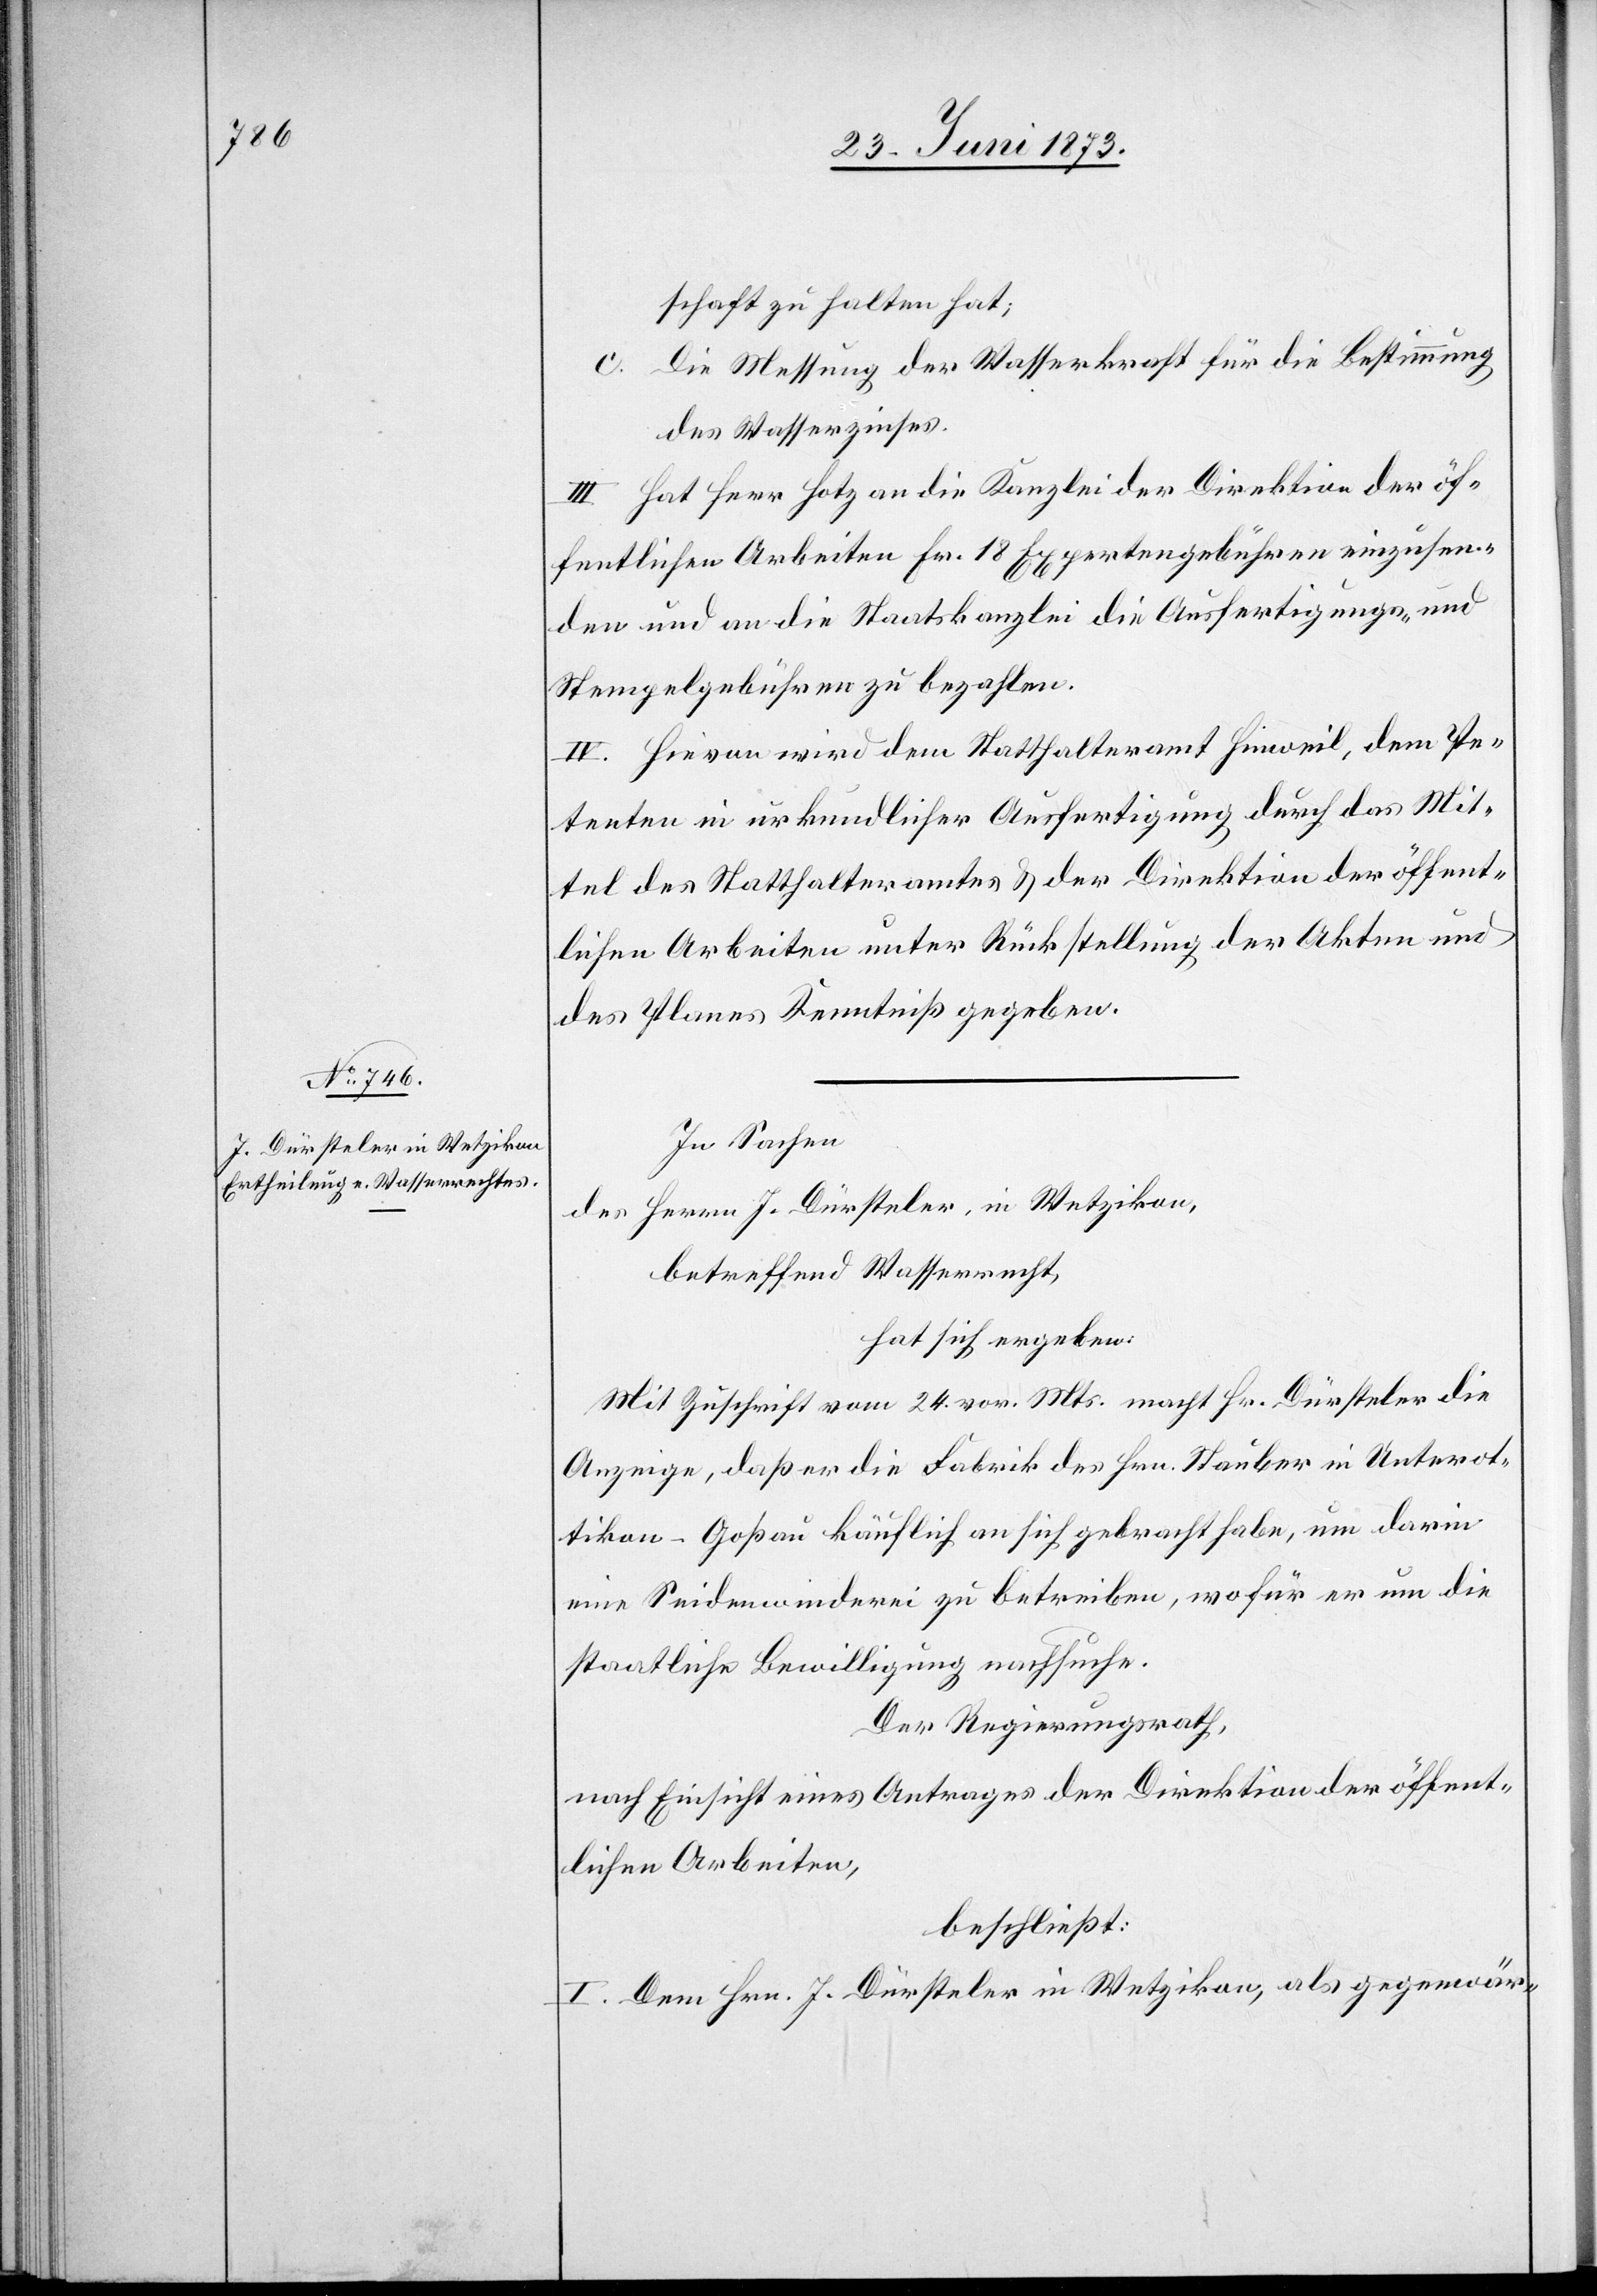
schaft zu halten hat;
Die Messung der Wasserkraft für die Bestimmung
des Wasserzinses.
III. Hat Herr Hotz an die Kanzlei der Direktion der öf¬
fentlichen Arbeiten Fr. 18 Expertengebühren einzusen¬
den und an die Staatskanzlei die Ausfertigungs- und
Stempelgebühren zu bezahlen.
IV. Hievon wird dem Statthalteramt Hinweil, dem Pe¬
tenten in urkundlicher Ausfertigung durch das Mit¬
tel des Statthalteramtes & der Direktion der öffent¬
lichen Arbeiten unter Rückstellung der Akten und
des Planes Kenntniß gegeben.
In Sachen
des Herrn J. Dürsteler, in Wetzikon,
betreffend Wasserrecht,
hat sich ergeben:
Mit Zuschrift vom 24. vor. Mts. macht Hr. Dürsteler die
Anzeige, daß er die Fabrik des Hrn. Stauber in Unterot¬
tikon-Goßau käuflich an sich gebracht habe, um darin
eine Seidenwinderei zu betreiben, wofür er um die
staatliche Bewilligung nachsuche.
Der Regierungsrath,
nach Einsicht eines Antrages der Direktion der öffent¬
lichen Arbeiten,
beschließt:
I. Dem Hrn. J. Dürsteler in Wetzikon, als gegenwär-